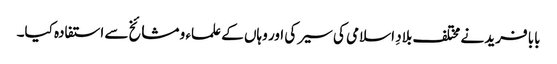
بابا فرید نے مختلف بلادِ اسلامی کی سیر کی اور وہاں کے علماء و مشائخ سے استفادہ کیا۔